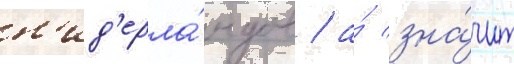
н'ид'ерла́ндов / а́ зна́чит